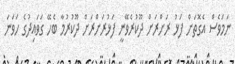
ނަމަވެސް އެގޮތަށް ފަޅު ރަށްރަށް ދޫކުރެވޭނީ ފަޅުރަށްރަށް ދޫކުރުމާ ބެހޭ ގަވައިދުގެ ހަވަނަ